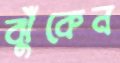
ঝুঁকেন